Leningradi_Edasi_toimetus, lk 221
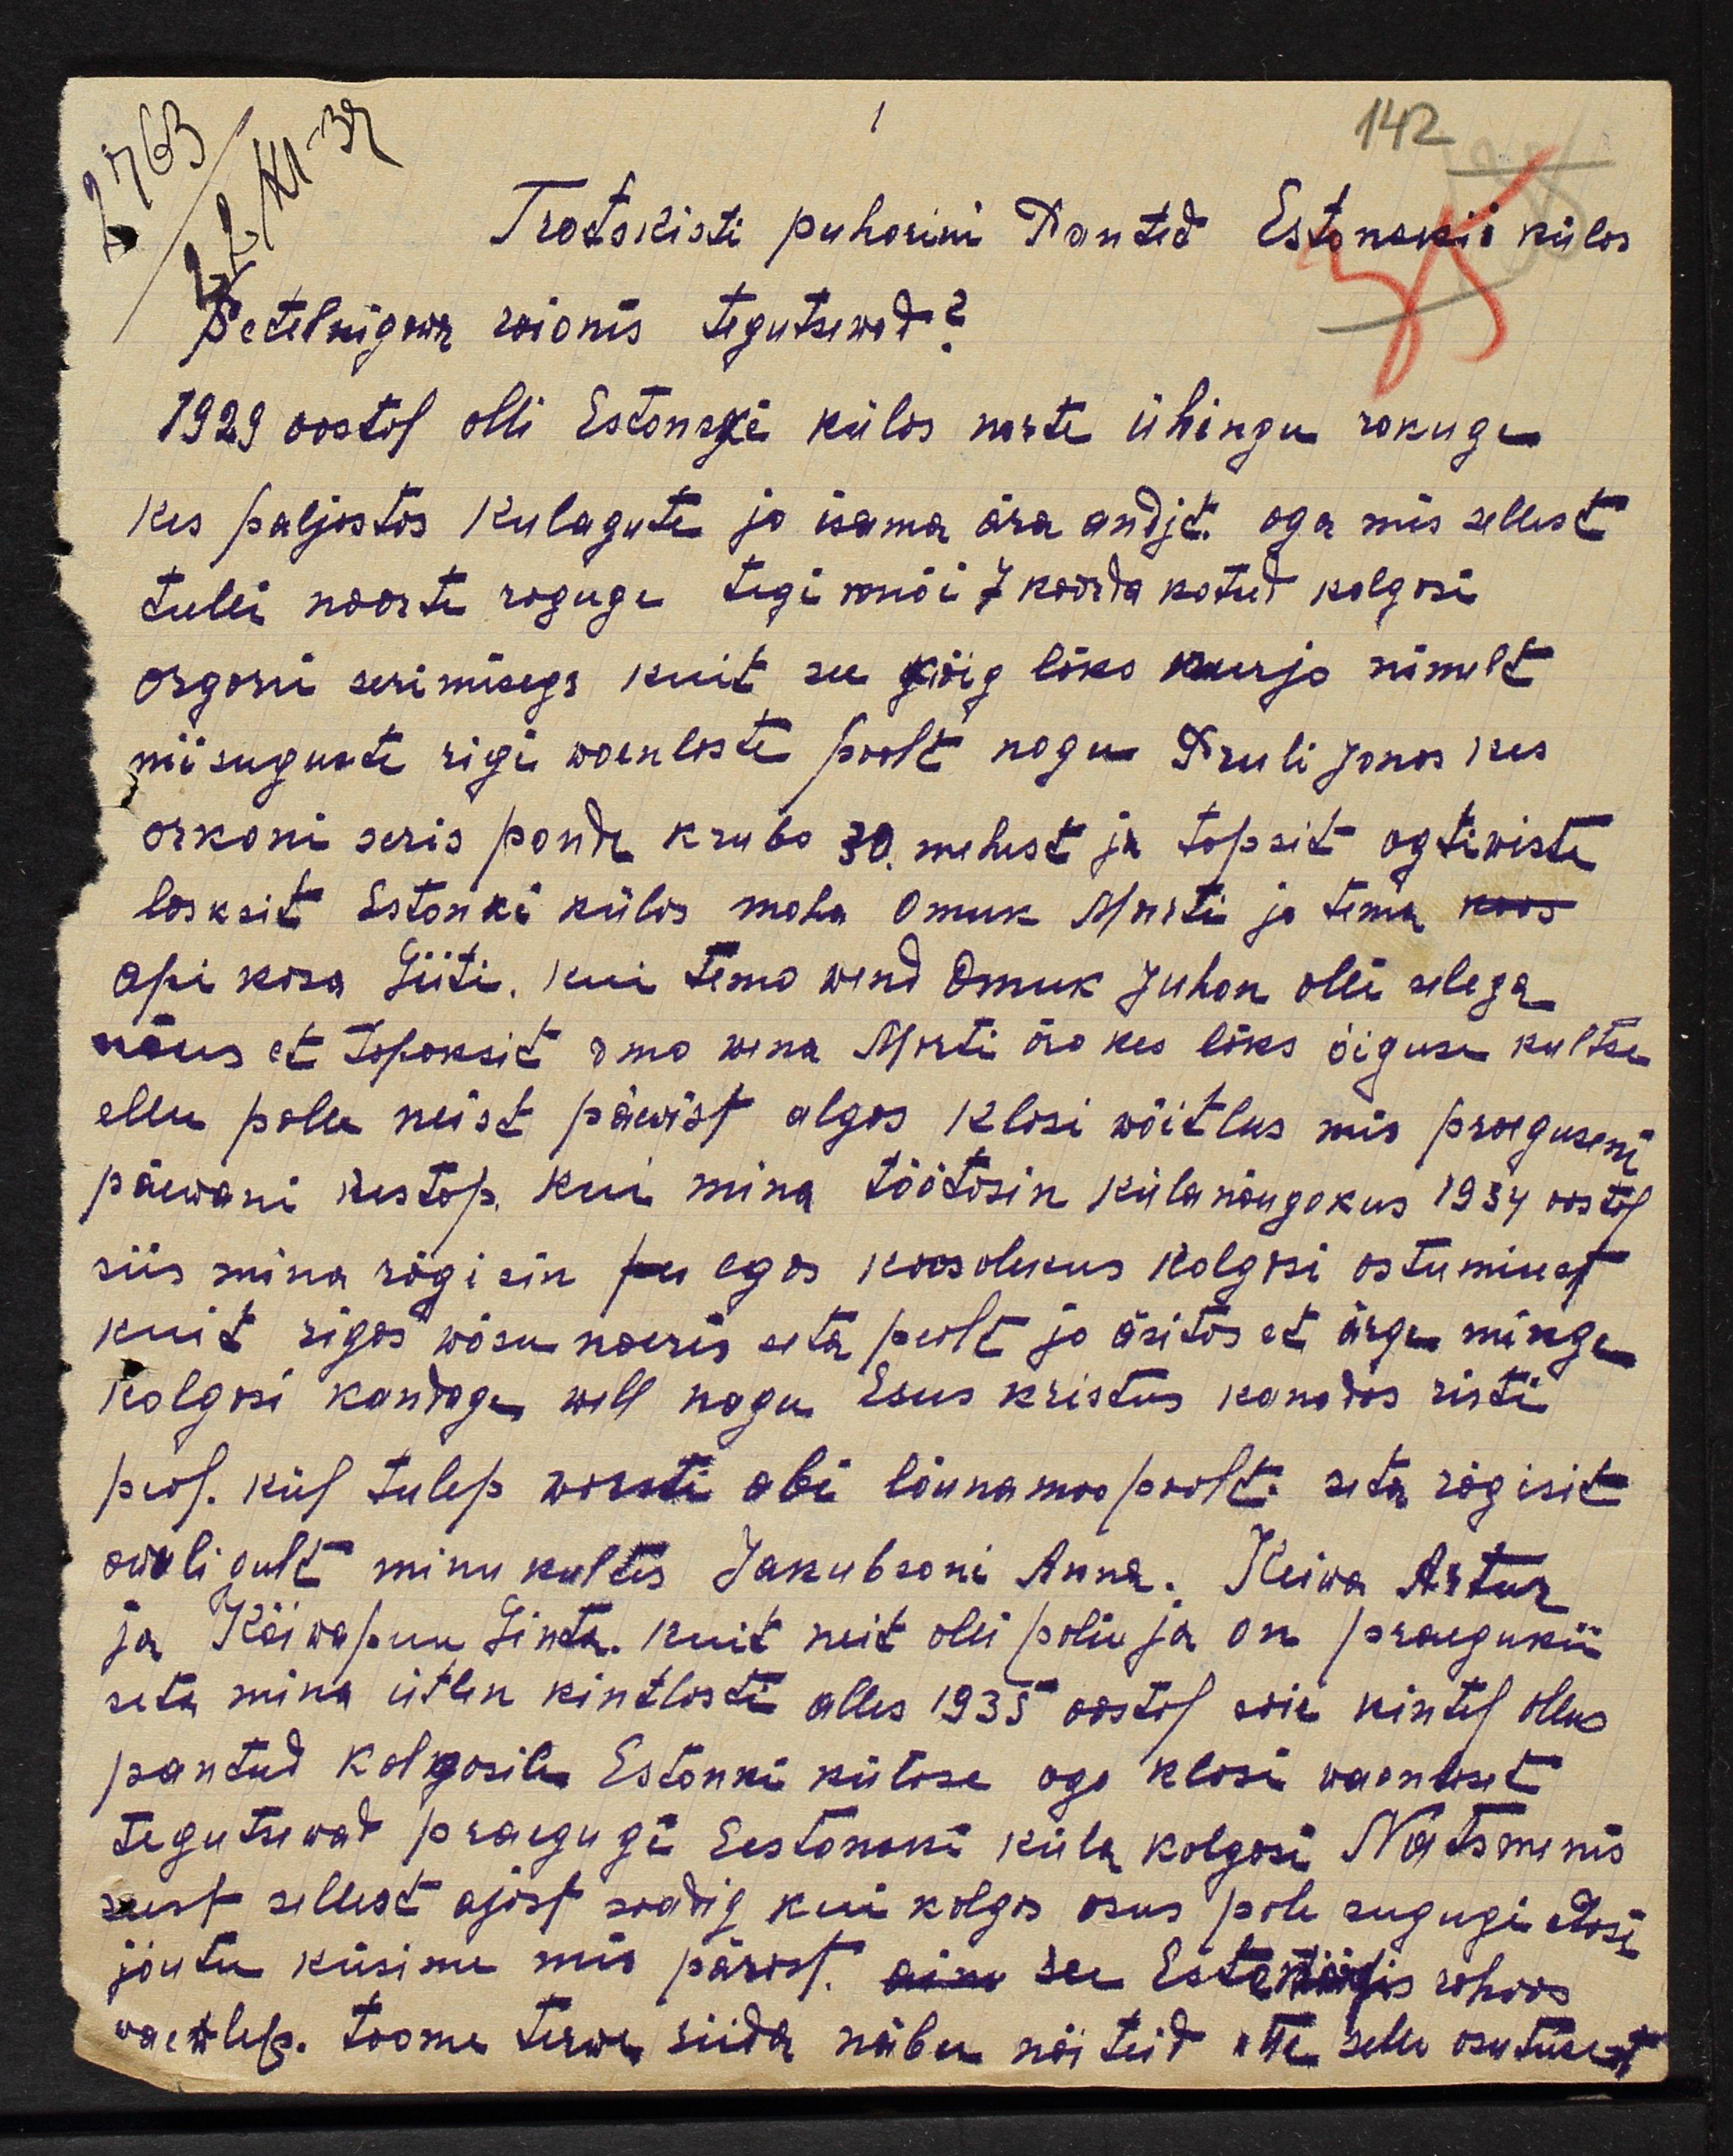
22 XI-39
1
142
Trotskisti puhorini Panted Estonskii külas
2763
Setelnigowi raionis tegutsewad?
35
1929 aastal olli Estonski külas norte ühingu rakuge
kes paljastas kulagute ja isama ära andjd aga mis sellest
tulli noorte raguge tegi mõi 7 korda kotud kolgosi
organi serimisega kuit see kõig läks kurja nimelt
niisuguste rigi waenliste poolt nagu Pruli Jonas kes
orkani seris pandi krubo 30 mehest ja tapsit agtiwiste
lasksit Estonski külas maha Omuk Marti ja tema
abi kasa Liiti, kui tema wend Omuk Juhon olli selega
nõus et tapaksid oma wena Morti ära kes läks öiguse kultse
ellu polu neist päwist algas klasi wõitlus mis praeguseni
päewani kestap. kui mina töötasin külanõugokus 1934 aastal
siis mina rägisin egas koosolekus kolgosi astumisest.
kuit rigas wõsu naeris seta pealt jo äsitas et ärge minge
kolgosi kandtaga well nagu Esus kristus kanadas risti
peal. kül tulep warsti abi lõunamaa poolt seta rägisit
awuligult minu kultes Jakubsoni Anna. Keiwa Artur
ja Kõiwapuu Linta, kuit neit olli paliu ja on praegukii
seta mina ütlen kindlasti alles 1935 aastal isie kintel ollno
pantud kolgosile Estonki külase aga klasi vaenlaset
tegutsewat praegugi Eestonski küla kolgosi Natsmenis
seist sellest ajast saadig kui kolgos asus pole sugugi edasi
jõutu küsime mis pärast. see Estamärjis rahwas
waewlep. Toome terwe süda näbu näiteid ette selle asutusest